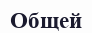
Общей